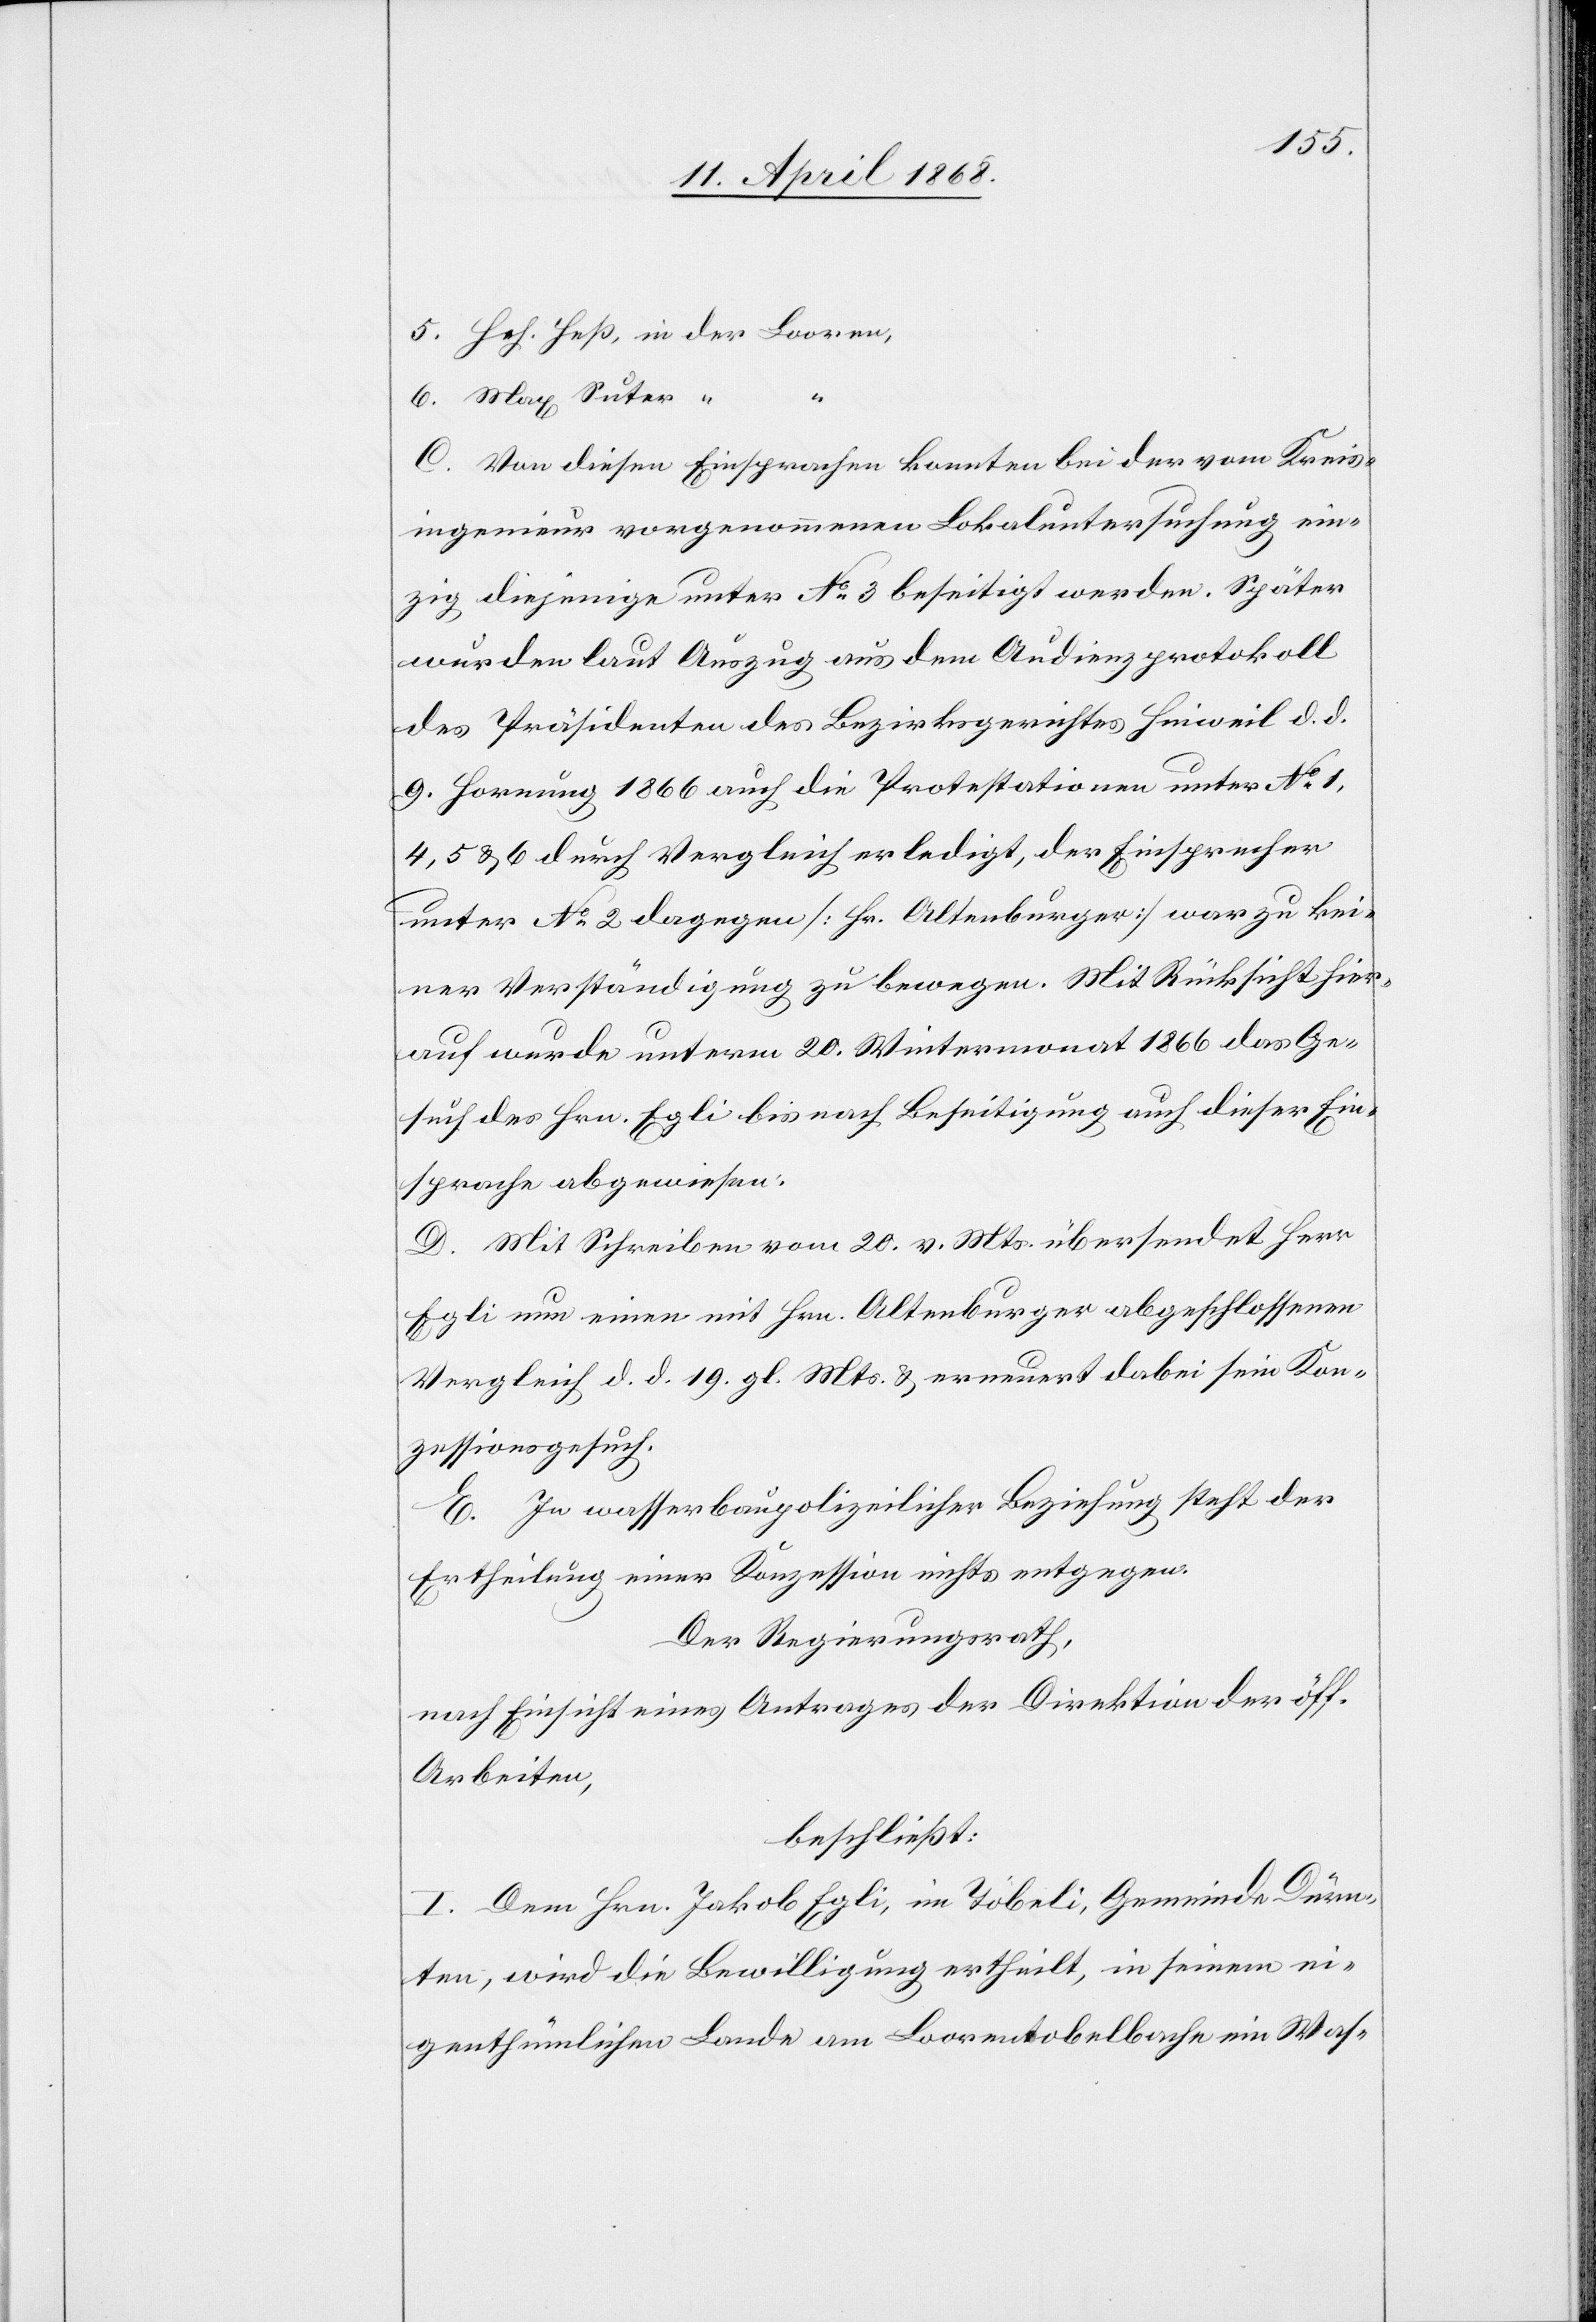
[“] Hch. Heß, in der Looren,
6.
C. Von diesen Einsprachen konnten bei der vom Kreis¬
ingenieur vorgenommenen Lokaluntersuchung ein¬
zig diejenige unter No. 3 beseitigt werden. Später
wurden laut Auszug aus dem Audienzprotokoll
des Präsidenten des Bezirksgerichtes Hinweil d. d.
9. Hornung 1866 auch die Protestationen unter No. 1,
4, 5 & 6 durch Vergleich erledigt, der Einsprecher
unter No. 2 dagegen [Hr. Altenburger] war zu kei¬
ner Verständigung zu bewegen. Mit Rücksicht hier¬
auf wurde unterm 20. Wintermonat 1866 das Ge¬
such des Hrn. Egli bis nach Beseitigung auch dieser Ein¬
sprache abgewiesen.
D. Mit Schreiben vom 20. v. Mts. übersendet Herr
Egli nun einen mit Hrn. Altenburger abgeschlossenen
5.
Vergleich d. d. 19. gl. Mts. & erneuert dabei sein Kon¬
zessionsgesuch.
E. In wasserbaupolizeilicher Beziehung steht der
Ertheilung einer Konzession nichts entgegen.
Der Regierungsrath,
nach Einsicht eines Antrages der Direktion der öff.
Arbeiten,
beschließt:
I. Dem Hrn. Jakob Egli, im Töbeli, Gemeinde Dürn¬
ten, wird die Bewilligung ertheilt, in seinem ei¬
genthümlichen Lande am Loorentobelbache ein Was-